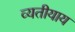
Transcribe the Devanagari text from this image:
व्यतीयाय